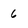
Character: 6